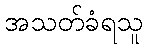
အသတ်ခံရသူ